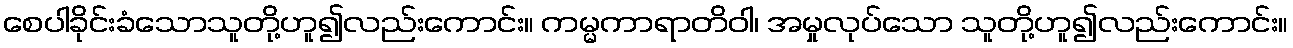
စေပါခိုင်းခံသောသူတို့ဟူ၍လည်းကောင်း။ ကမ္မကာရာတိဝါ၊ အမှုလုပ်သော သူတို့ဟူ၍လည်းကောင်း။